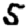
Digit: 5